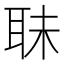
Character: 𦕜